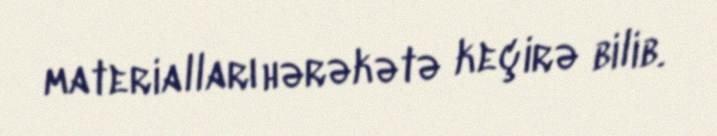
materialları hərəkətə keçirə bilib.